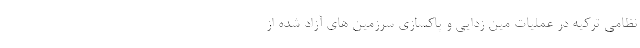
نظامی ترکیه در عملیات مین زدایی و پاکسازی سرزمین های آزاد شده از